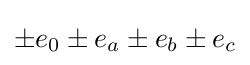
\pm e_{0}\pm e_{a}\pm e_{b}\pm e_{c}